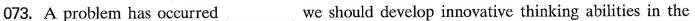
O73. A problem has occurred _______we should develop innovative thinking abilities in the